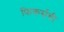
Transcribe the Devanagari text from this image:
फिकर्सची